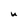
Character: u